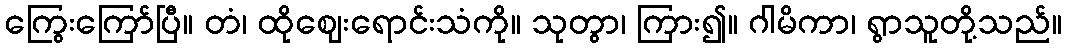
ကြွေးကြော်ပြီ။ တံ၊ ထိုဈေးရောင်းသံကို။ သုတွာ၊ ကြား၍။ ဂါမိကာ၊ ရွာသူတို့သည်။